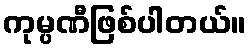
ကုမ္ပဏီဖြစ်ပါတယ်။